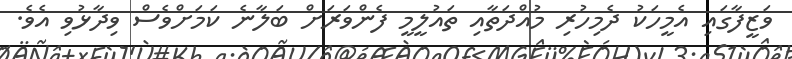
ވަޒީފާގައި އެމީހަކު ދެމިހުރި މުއްދަތާއި ތައުލީމީ ފެންވަރަށް ބަލާނެ ކަމަށްވެސް ވިދާޅުވި އެވެ.